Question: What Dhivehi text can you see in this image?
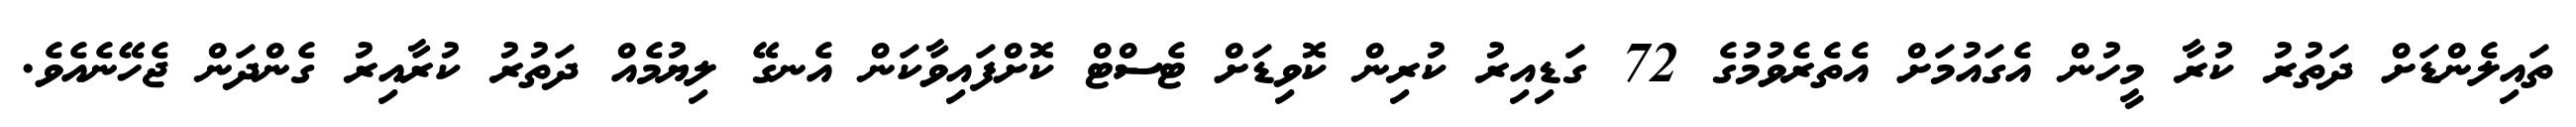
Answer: ތައިލެންޑަށް ދަތުރު ކުރާ މީހުން އެގައުމަށް އެތެރެވުމުގެ 72 ގަޑިއިރު ކުރިން ކޮވިޑަށް ޓެސްޓް ކޮށްފައިވާކަން އެނގޭ ލިޔުމެއް ދަތުރު ކުރާއިރު ގެންދަން ޖެހޭނެއެވެ.